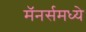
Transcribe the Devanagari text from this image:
मॅनर्समध्ये